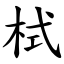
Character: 栻